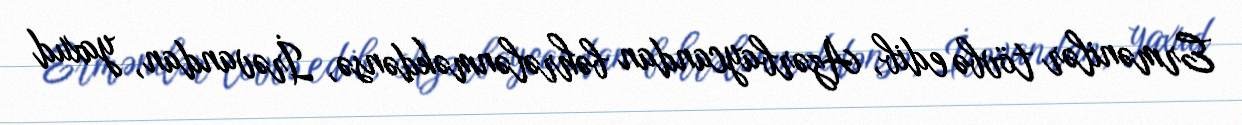
Ermənilər tövbə edib, Azərbaycandan bəhrələnməkdənsə, İrəvandan, yaxud